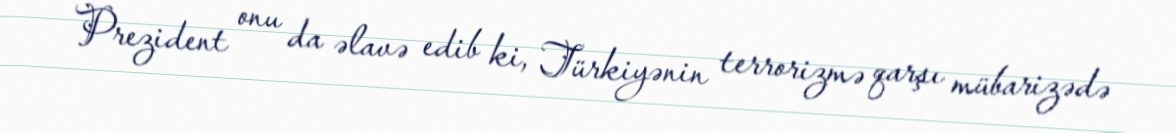
Prezident onu da əlavə edib ki, Türkiyənin terrorizmə qarşı mübarizədə